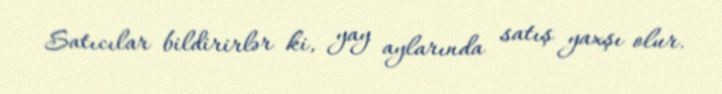
Satıcılar bildirirlər ki, yay aylarında satış yaxşı olur.